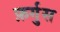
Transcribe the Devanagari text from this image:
फ़र्गुस